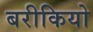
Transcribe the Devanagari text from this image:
बरीकियो